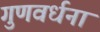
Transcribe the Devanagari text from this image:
गुणवर्धना